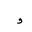
Letter: _waw